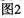
图2